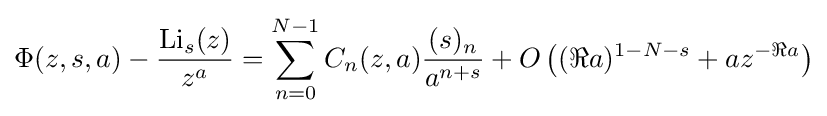
\Phi (z,s,a)-{\frac {\mathrm {Li} _{s}(z)}{z^{a}}}=\sum _{n=0}^{N-1}C_{n}(z,a){\frac {(s)_{n}}{a^{n+s}}}+O\left((\Re a)^{1-N-s}+az^{-\Re a}\right)